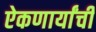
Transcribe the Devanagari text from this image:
ऐकणार्यांची